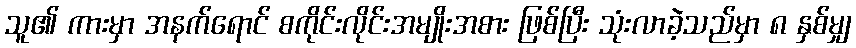
သူ၏ ကားမှာ အနက်ရောင် စကိုင်းလိုင်းအမျိုးအစား ဖြစ်ပြီး သုံးလာခဲ့သည်မှာ ၈ နှစ်မျှ